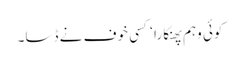
کوئی وہم پھنکارا ‘ کسی خوف نے ڈسا۔